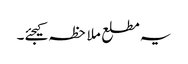
یہ مطلع ملاحظہ کیجئے۔